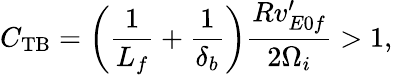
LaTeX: C_{\mathrm{TB}}=\left(\frac{1}{L_{f}}+\frac{1}{\delta_{b}}\right)\frac{Rv_{E0f}^{\prime}}{2\Omega_{i}}>1,